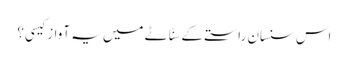
اس سنسان راستے کے سنّاٹے میں یہ آواز کیسی؟